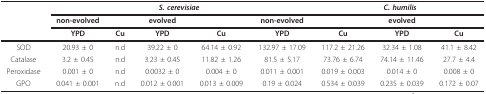
<table><thead><tr><td></td><td></td><td colspan="3"><b><i>S. cerevisiae</i></b></td><td></td><td colspan="3"><b><i>C. humilis</i></b></td></tr><tr><td></td><td><b>non-evolved</b></td><td></td><td><b>evolved</b></td><td></td><td><b>non-evolved</b></td><td></td><td><b>evolved</b></td><td></td></tr><tr><td></td><td><b>YPD</b></td><td><b>Cu</b></td><td><b>YPD</b></td><td><b>Cu</b></td><td><b>YPD</b></td><td><b>Cu</b></td><td><b>YPD</b></td><td><b>Cu</b></td></tr></thead><tbody><tr><td>SOD</td><td>20.93 ± 0</td><td>n.d</td><td>39.22 ± 0</td><td>64.14 ± 0.92</td><td>132.97 ± 17.09</td><td>117.2 ± 21.26</td><td>32.34 ± 1.08</td><td>41.1 ± 8.42</td></tr><tr><td>Catalase</td><td>3.2 ± 0.45</td><td>n.d</td><td>3.23 ± 0.45</td><td>11.82 ± 1.26</td><td>81.5 ± 5.17</td><td>73.76 ± 6.74</td><td>74.14 ± 11.46</td><td>27.7 ± 4.4</td></tr><tr><td>Peroxidase</td><td>0.001 ± 0</td><td>n.d</td><td>0.0032 ± 0</td><td>0.004 ± 0</td><td>0.011 ± 0.001</td><td>0.019 ± 0.003</td><td>0.014 ± 0</td><td>0.008 ± 0</td></tr><tr><td>GPO</td><td>0.041 ± 0.001</td><td>n.d</td><td>0.012 ± 0.001</td><td>0.013 ± 0.009</td><td>0.19 ± 0.024</td><td>0.534 ± 0.039</td><td>0.235 ± 0.039</td><td>0.172 ± 0.07</td></tr></tbody></table>